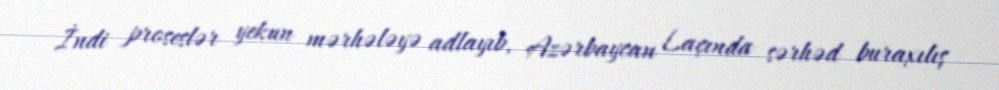
İndi proseslər yekun mərhələyə adlayıb, Azərbaycan Laçında sərhəd buraxılış